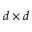
d \times d